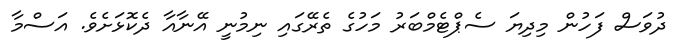
ދުވަސް ފަހުން މިދިޔަ ސެޕްޓެމްބަރު މަހުގެ ތެރޭގައި ނިމުނީ އޭނާއާ ދެކޮޅަށެވެ. އަސްމާ